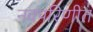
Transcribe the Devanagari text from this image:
नवपरिणीत